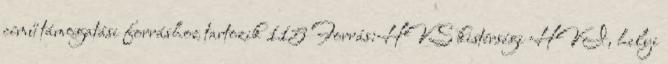
című támogatási forráshoz tartozik 115 Forrás:HVS kistérségi HVI, helyi